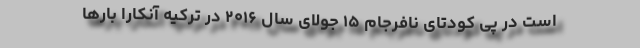
است در پی کودتای نافرجام ۱۵ جولای سال ۲۰۱۶ در ترکیه آنکارا بارها